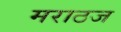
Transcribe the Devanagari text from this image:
मराठज